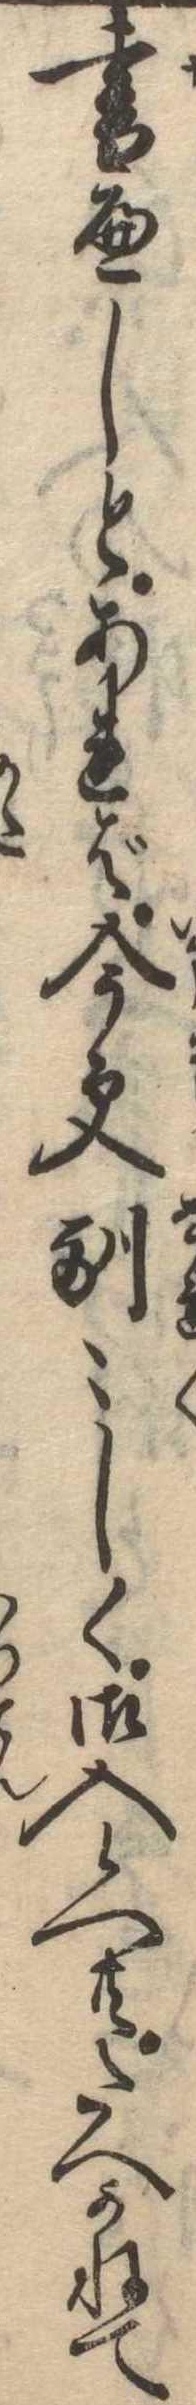
書へしとあれば今更馴〻しく御入候へ共たへかねて